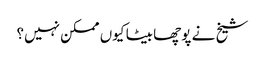
شیخ نے پوچھا بیٹا کیوں ممکن نہیں؟